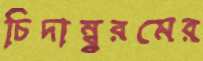
চিদাম্ব্বরমের